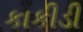
કાકીડી